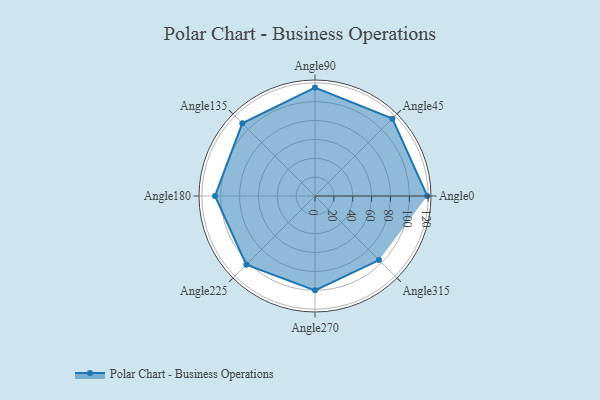
{"axis": {"x": "Angle", "y": "Radius"}, "legend": [""], "data": [{"x": "Angle0", "y": 119.0, "type": ""}, {"x": "Angle45", "y": 116.0, "type": ""}, {"x": "Angle90", "y": 115.0, "type": ""}, {"x": "Angle135", "y": 109.0, "type": ""}, {"x": "Angle180", "y": 106.0, "type": ""}, {"x": "Angle225", "y": 103.0, "type": ""}, {"x": "Angle270", "y": 100.0, "type": ""}, {"x": "Angle315", "y": 96.0, "type": ""}]}